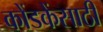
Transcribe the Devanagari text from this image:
कोंडकेंसाठी